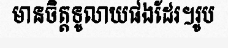
មានចិត្តទូលាយផងដែរ។រូប